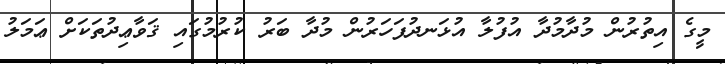
މީގެ އިތުރުން މުދާމުދާ އުފުލާ އުޅަނދުފަހަރުން މުދާ ބަރު ކުރުމުގައި ޤަވާޢިދުތަކަށް ޢަމަލު